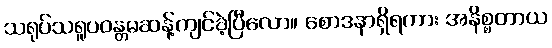
သရုပ်သရူပဝန္တမဆန့်ကျင်ခဲ့ပြီလော။ စောဒနာရှိရကား အနိစ္စတာယ